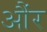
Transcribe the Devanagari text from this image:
औंर